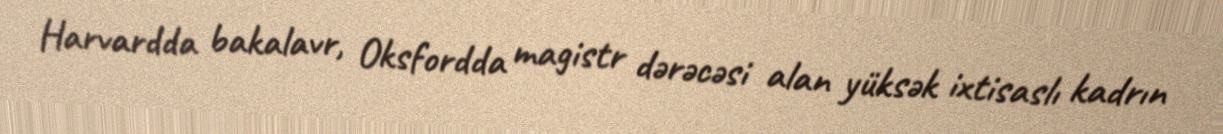
Harvardda bakalavr, Oksfordda magistr dərəcəsi alan yüksək ixtisaslı kadrın